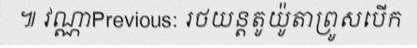
៕ វណ្ណាPrevious: រថយន្តតូយ៉ូតាព្រូសបើក